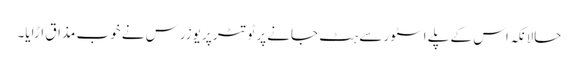
حالانکہ اس کے پلے اسٹور سے ہٹ جانے پر ٹوتٹر پر یوزرس نے خوب مذاق اڑایا۔